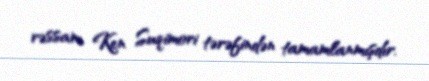
rəssam Ken Suqimori tərəfindən tamamlanmışdır.